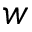
w